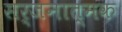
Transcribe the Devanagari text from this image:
सर्जनात्‍मक